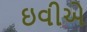
ઇવીએ